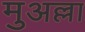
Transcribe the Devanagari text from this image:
मुअल्ला